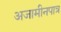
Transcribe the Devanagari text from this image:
अजामीनपात्र